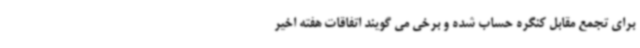
برای تجمع مقابل کنگره حساب شده و برخی می گویند اتفاقات هفته اخیر